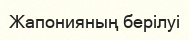
Жапонияның берілуі